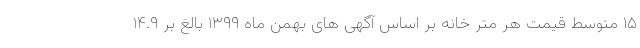
۱۵ متوسط قیمت هر متر خانه بر اساس آگهی های بهمن ماه ۱۳۹۹ بالغ بر ۱۴.۹